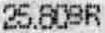
25.80SR